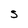
Character: S